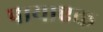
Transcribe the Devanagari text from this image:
पायाएक